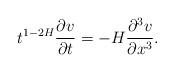
\begin{align*} t^{1-2H}\frac{\partial v}{\partial t}=- H\frac{\partial^3 v}{\partial x^3}. \end{align*}